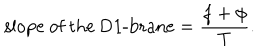
\mathrm { s l o p e ~ o f ~ t h e ~ D 1 - b r a n e } = \frac { f + \phi } { T } .